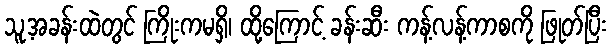
သူ့အခန်းထဲတွင် ကြိုးကမရှိ၊ ထို့ကြောင့် ခန်းဆီး ကန့်လန့်ကာစကို ဖြုတ်ပြီး